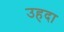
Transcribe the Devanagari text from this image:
उहदा